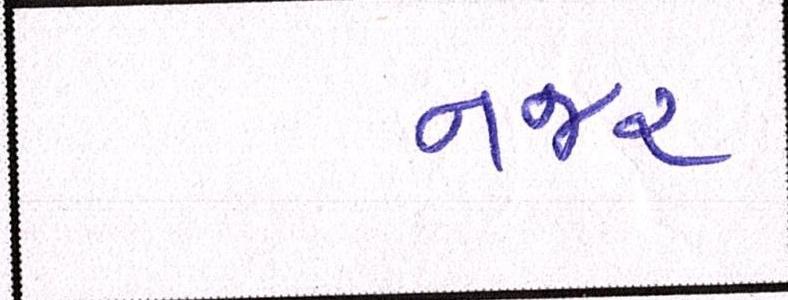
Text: નજર